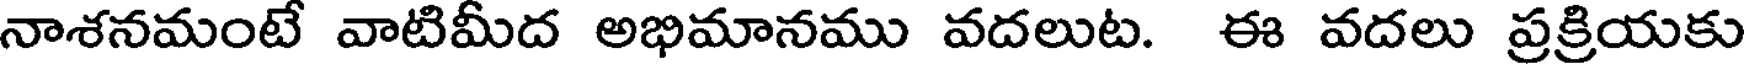
నాశనమంటే వాటిమీద అభిమానము వదలుట. ఈ వదలు ప్రక్రియకు